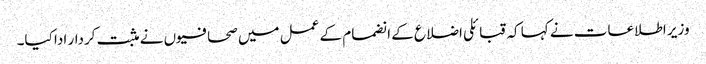
وزیر اطلاعات نے کہا کہ قبائلی اضلاع کے انضمام کے عمل میں صحافیوں نے مثبت کردار ادا کیا۔